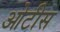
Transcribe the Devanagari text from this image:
ओटीस